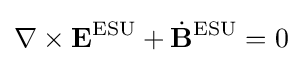
\nabla \times \mathbf {E} ^{\text{ESU}}+{\dot {\mathbf {B} }}^{\text{ESU}}=0